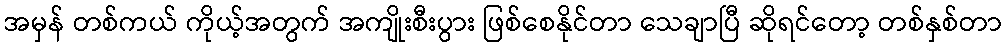
အမှန် တစ်ကယ် ကိုယ့်အတွက် အကျိုးစီးပွား ဖြစ်စေနိုင်တာ သေချာပြီ ဆိုရင်တော့ တစ်နှစ်တာ